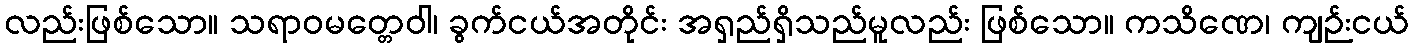
လည်းဖြစ်သော။ သရာဝမတ္တေဝါ၊ ခွက်ငယ်အတိုင်း အရှည်ရှိသည်မူလည်း ဖြစ်သော။ ကသိဏေ၊ ကျဉ်းငယ်